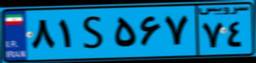
۸۱S۵۶۷۷۴